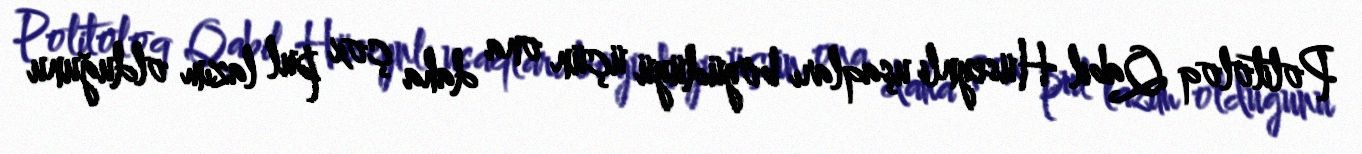
Politoloq Qabil Hüseynli uşaqları böyüdüyü üçün ona daha çox pul lazım olduğunu